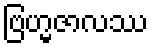
ဗြဟ္မဇာလဿ